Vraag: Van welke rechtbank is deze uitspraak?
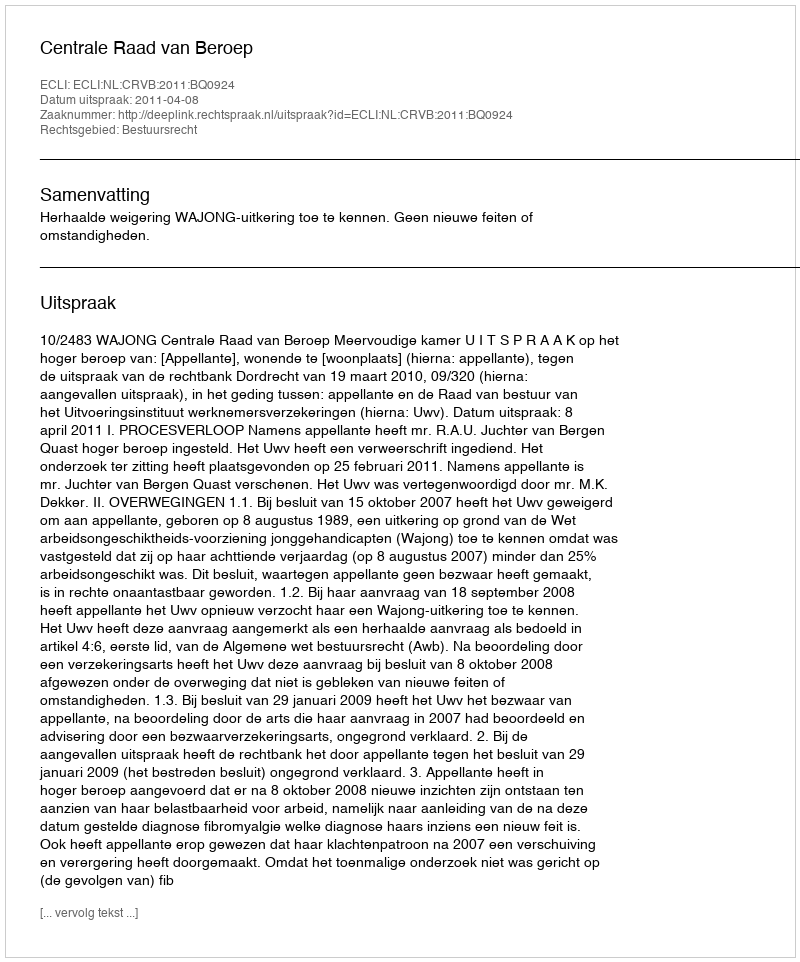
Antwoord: Centrale Raad van Beroep